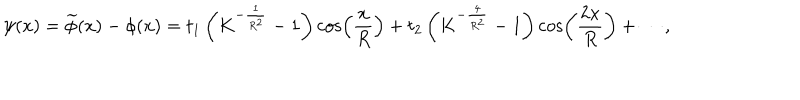
LaTeX: \psi ( x ) = \widetilde \phi ( x ) - \phi ( x ) = t _ { 1 } \left( { K ^ { - \frac { 1 } { { R ^ { 2 } } } } - 1 } \right) \cos \left( { \frac { x } { R } } \right) + t _ { 2 } \left( { K ^ { - \frac { 4 } { { R ^ { 2 } } } } - 1 } \right) \cos \left( { \frac { { 2 x } } { R } } \right) + \cdots ,